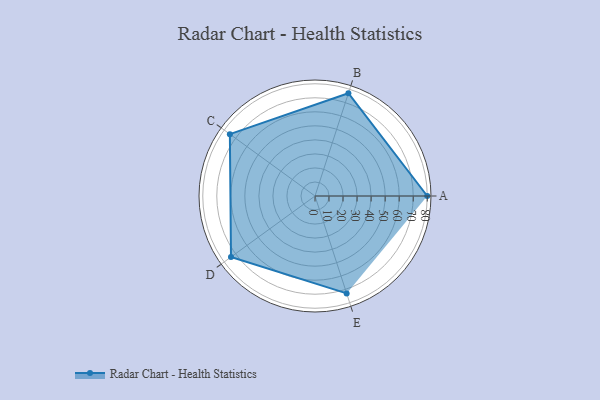
{"axis": {"x": "Skill", "y": "Score"}, "legend": ["Profile"], "data": [{"x": "A", "y": 80.0, "type": "Profile"}, {"x": "B", "y": 77.0, "type": "Profile"}, {"x": "C", "y": 75.0, "type": "Profile"}, {"x": "D", "y": 74.0, "type": "Profile"}, {"x": "E", "y": 73.0, "type": "Profile"}]}